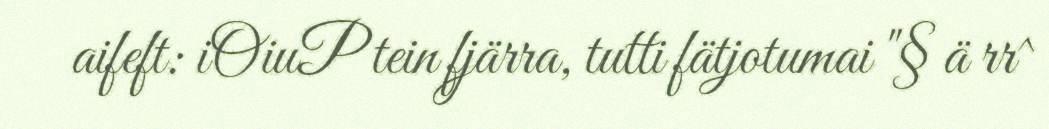
aifeft: iOiuP tein fjärra, tutti fätjotumai "§ ä rr^